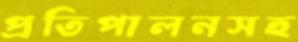
প্রতিপালনসহ